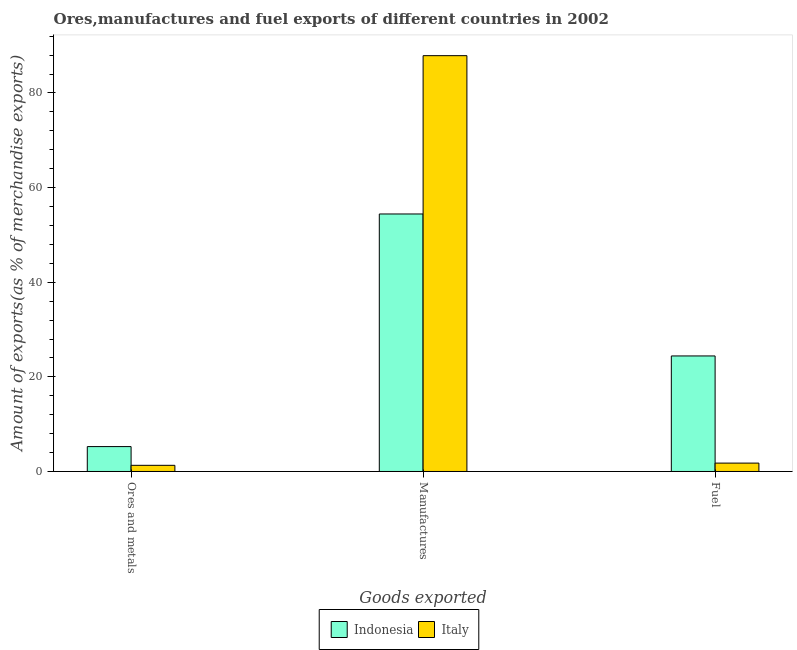
| Goods exported | Indonesia | Italy |
 | --- | --- | --- |
 | Ores and metals | 5.26 | 1.3 |
 | Manufactures | 54.4 | 87.9 |
 | Fuel | 24.4 | 1.77 |